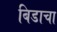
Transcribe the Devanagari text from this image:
बिडाचा